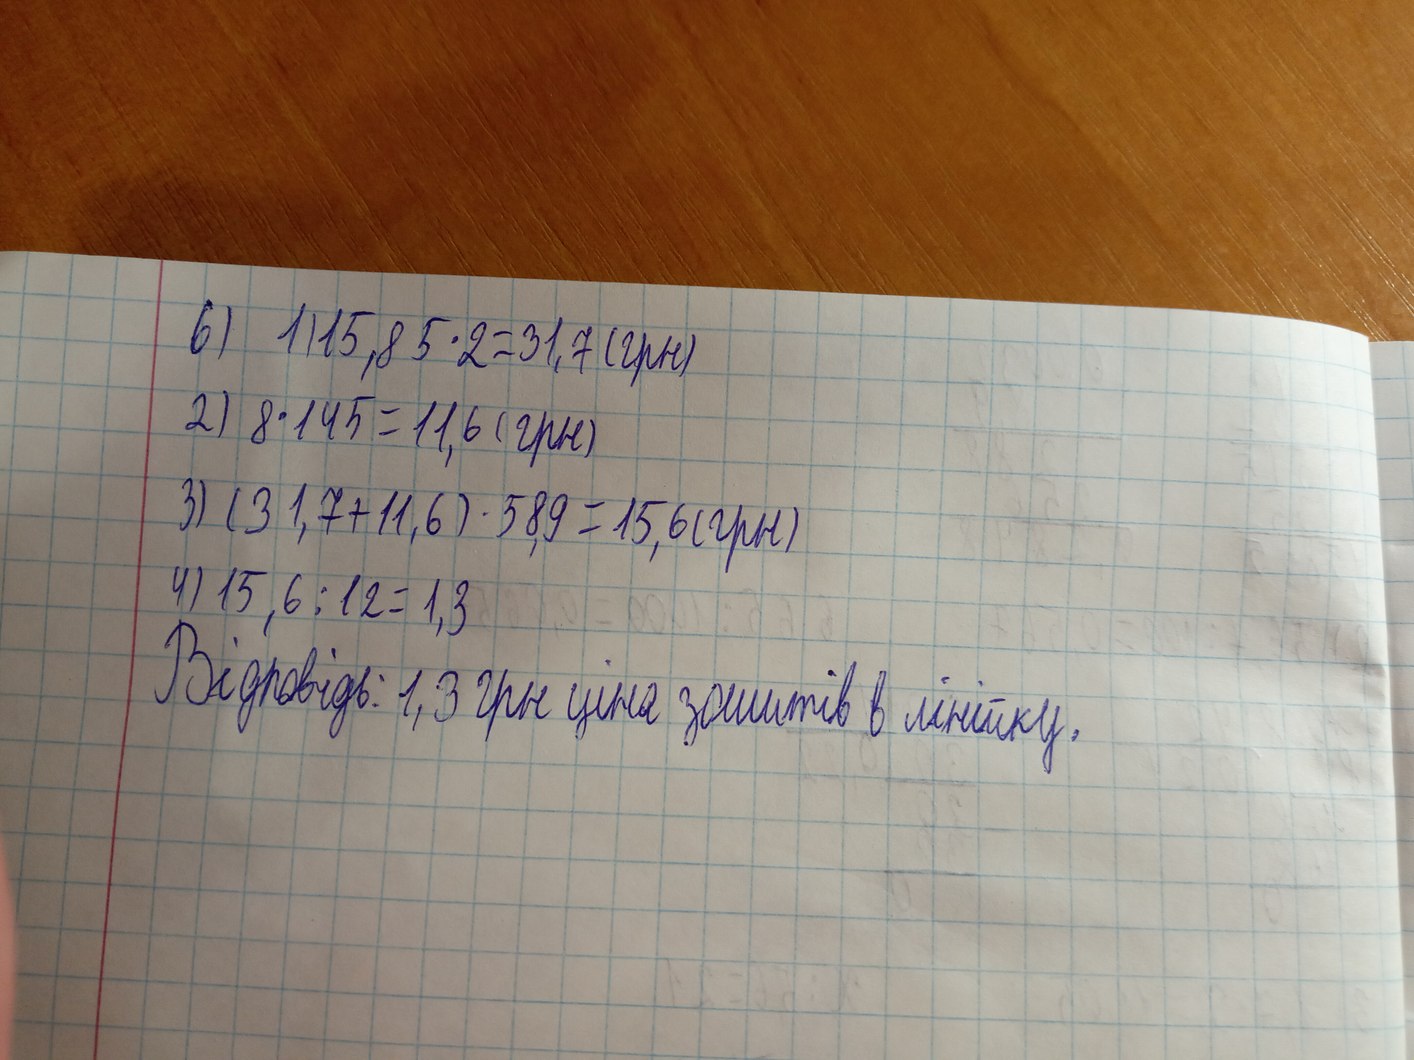
6) 1) 15,85 · 2 = 31,7 (грн)
2) 8⋅145=11,6 (грн)
3) (31,7 + 11,6) · 58,9 = 15,6 (грн)
4) 15,6∶12=1,3
Відповідь: 1,3 грн ціна зошитів в лінійку.